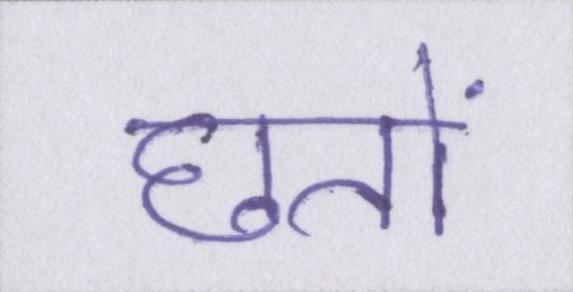
छतों